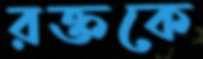
রক্তকে